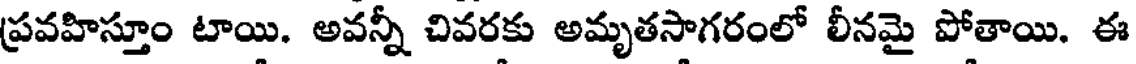
ప్రవహిస్తూం టాయి. అవన్నీ చివరకు అమృతసాగరంలో లీనమై పోతాయి. ఈ